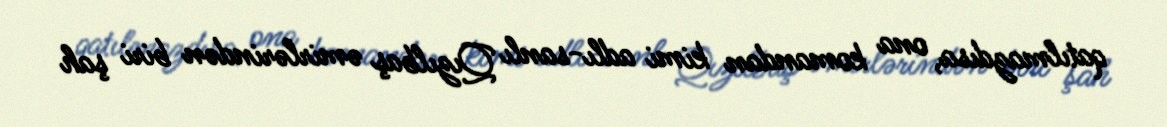
qatılmazdısa, ona komandan kimi adlı-sanlı Qızılbaş əmirlərindən biri şah